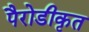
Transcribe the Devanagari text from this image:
पैरोडीकृत